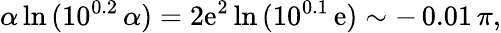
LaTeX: \alpha\ln{(10^{0.2}\, \alpha)}=2\mathrm{e}^{2}\ln{(10^{0.1}\, \mathrm{e})}\sim-\, 0.01\, \pi,